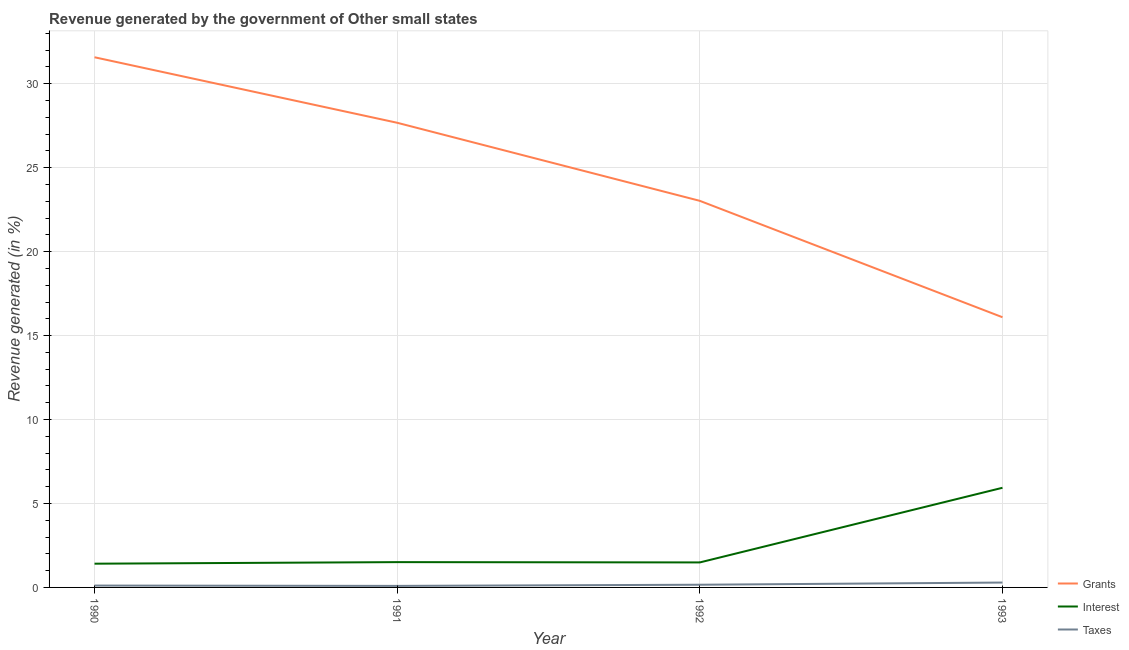
| Year | Grants | Interest | Taxes |
 | --- | --- | --- | --- |
 | 1990 | 31.6 | 1.41 | 0.111 |
 | 1991 | 27.7 | 1.51 | 0.0916 |
 | 1992 | 23 | 1.49 | 0.161 |
 | 1993 | 16.1 | 5.93 | 0.291 |